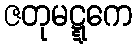
ဇတုမဋ္ဋကေ